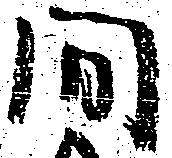
間